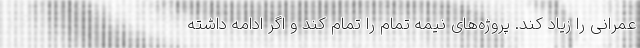
عمرانی را زیاد کند. پروژه‌های نیمه تمام را تمام کند و اگر ادامه داشته